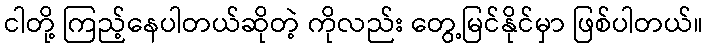
ငါတို့ ကြည့်နေပါတယ်ဆိုတဲ့ ကိုလည်း တွေ့မြင်နိုင်မှာ ဖြစ်ပါတယ်။